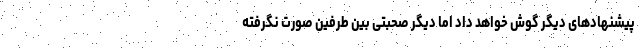
پیشنهادهای دیگر گوش خواهد داد اما دیگر صحبتی بین طرفین صورت نگرفته